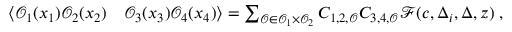
\begin{array} { r l } { \langle \mathcal { O } _ { 1 } ( x _ { 1 } ) \mathcal { O } _ { 2 } ( x _ { 2 } ) } & { \mathcal { O } _ { 3 } ( x _ { 3 } ) \mathcal { O } _ { 4 } ( x _ { 4 } ) \rangle = \sum _ { \mathcal { O } \in \mathcal { O } _ { 1 } \times \mathcal { O } _ { 2 } } C _ { 1 , 2 , \mathcal { O } } C _ { 3 , 4 , \mathcal { O } } \mathcal { F } ( c , \Delta _ { i } , \Delta , z ) \; , } \end{array}